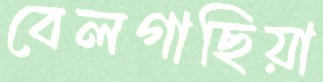
বেলগাছিয়া